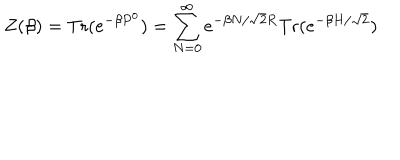
Z ( \beta ) = \mathrm { T r } ( e ^ { - \beta P ^ { 0 } } ) = \sum _ { N = 0 } ^ { \infty } e ^ { - \beta N / \sqrt { 2 } R } \mathrm { T r } ( e ^ { - \beta H / \sqrt { 2 } } )